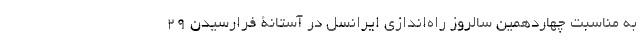
به مناسبت چهاردهمین سالروز راه‌اندازی ایرانسل در آستانۀ فرارسیدن ۲۹